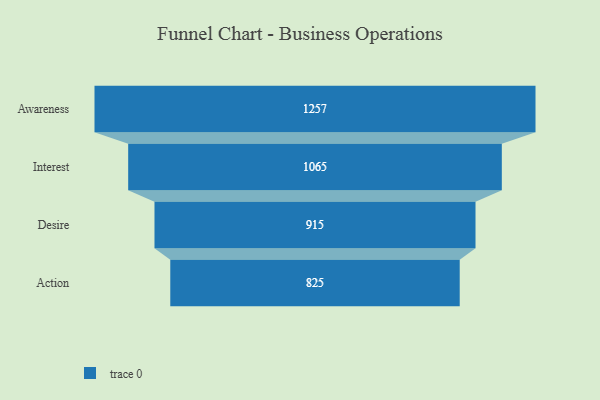
{"axis": {"x": "Stage", "y": "Value"}, "legend": [""], "data": [{"x": "Awareness", "y": 1257.0, "type": ""}, {"x": "Interest", "y": 1065.0, "type": ""}, {"x": "Desire", "y": 915.0, "type": ""}, {"x": "Action", "y": 825.0, "type": ""}]}